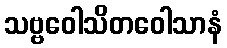
သဗ္ဗဝေါသိတဝေါသာနံ